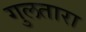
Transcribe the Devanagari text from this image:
गुलतारा